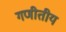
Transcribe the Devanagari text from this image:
गणीतीय